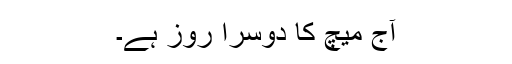
آج میچ کا دوسرا روز ہے۔